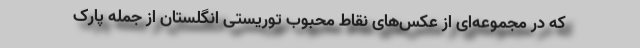
که در مجموعه‌ای از عکس‌های نقاط محبوب توریستی انگلستان از جمله پارک